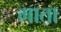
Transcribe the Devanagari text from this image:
माता